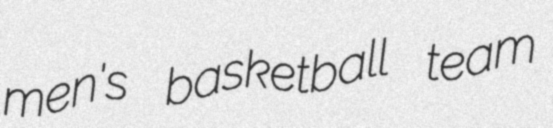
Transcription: men's basketball team